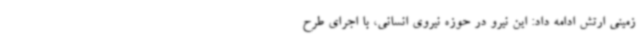
زمینی ارتش ادامه داد: این نیرو در حوزه نیروی انسانی، با اجرای طرح